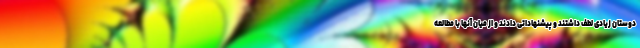
دوستان زیادی لطف داشتند و پیشنهاداتی دادند و از میان آنها با مطالعه